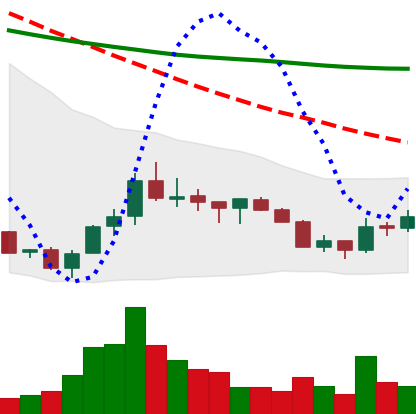
Ticker: ADA-USD
Chart end date: 2018-07-15
Forward return: 13.997%
Label: up_7plus